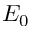
E _ { 0 }